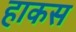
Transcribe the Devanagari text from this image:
हाकस